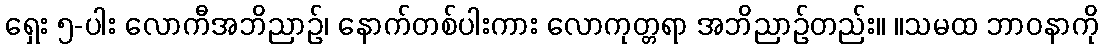
ရှေး ၅-ပါး လောကီအဘိညာဉ်၊ နောက်တစ်ပါးကား လောကုတ္တရာ အဘိညာဉ်တည်း။ ။သမထ ဘာဝနာကို